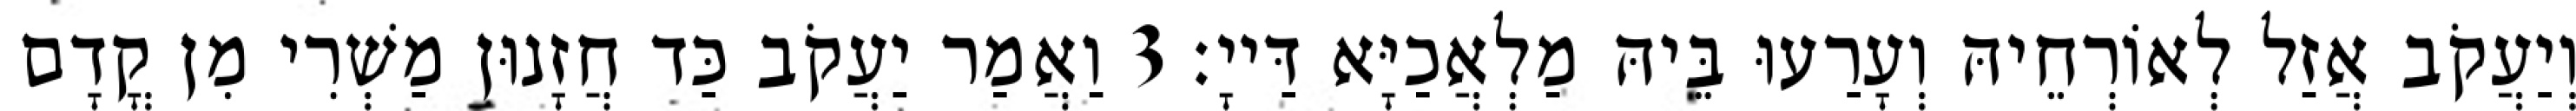
וְיַעֲקֹב אֲזַל לְאוֹרְחֵיהּ וְעָרַעוּ בֵּיהּ מַלְאֲכַיָּא דַּייָ׃ 3 וַאֲמַר יַעֲקֹב כַּד חֲזָנוּן מַשְׁרִי מִן קֳדָם